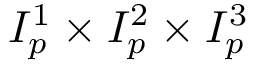
I _ { p } ^ { 1 } \times I _ { p } ^ { 2 } \times I _ { p } ^ { 3 }